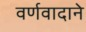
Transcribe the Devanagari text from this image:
वर्णवादाने